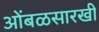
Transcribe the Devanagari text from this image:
आेंबळसारखी